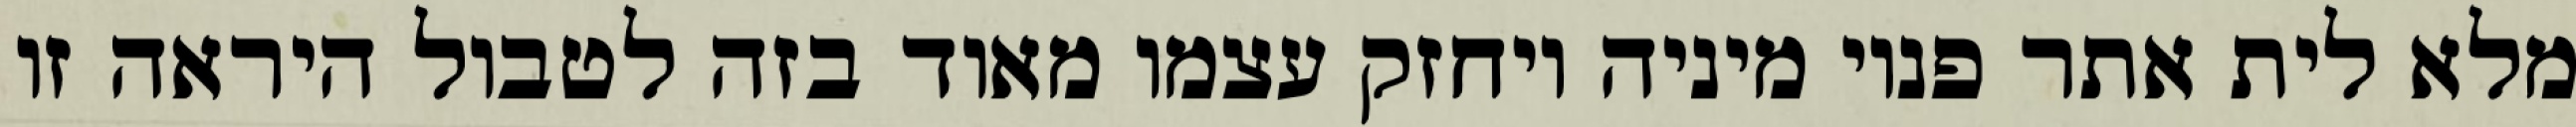
מלא לית אתר פנוי מיניה ויחזק עצמו מאוד בזה לטבול היראה זו